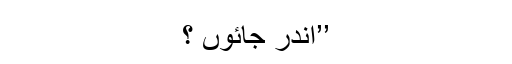
’’اندر جائوں ؟